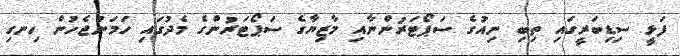
ފަޅީ ސިޑިބަރީގައި ތިބި ނިއުގެ ސަޕޯޓަރުންނާއި މާޒިޔާގެ ސަޕޯޓަރުންގެ މެދުގައި ހަމަނުޖެހުން ހިނގި